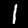
Label: 1